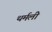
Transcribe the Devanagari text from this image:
थर्मली